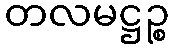
တလမဋ္ဌဉ္စ